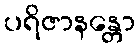
ပရိဇာနန္တော